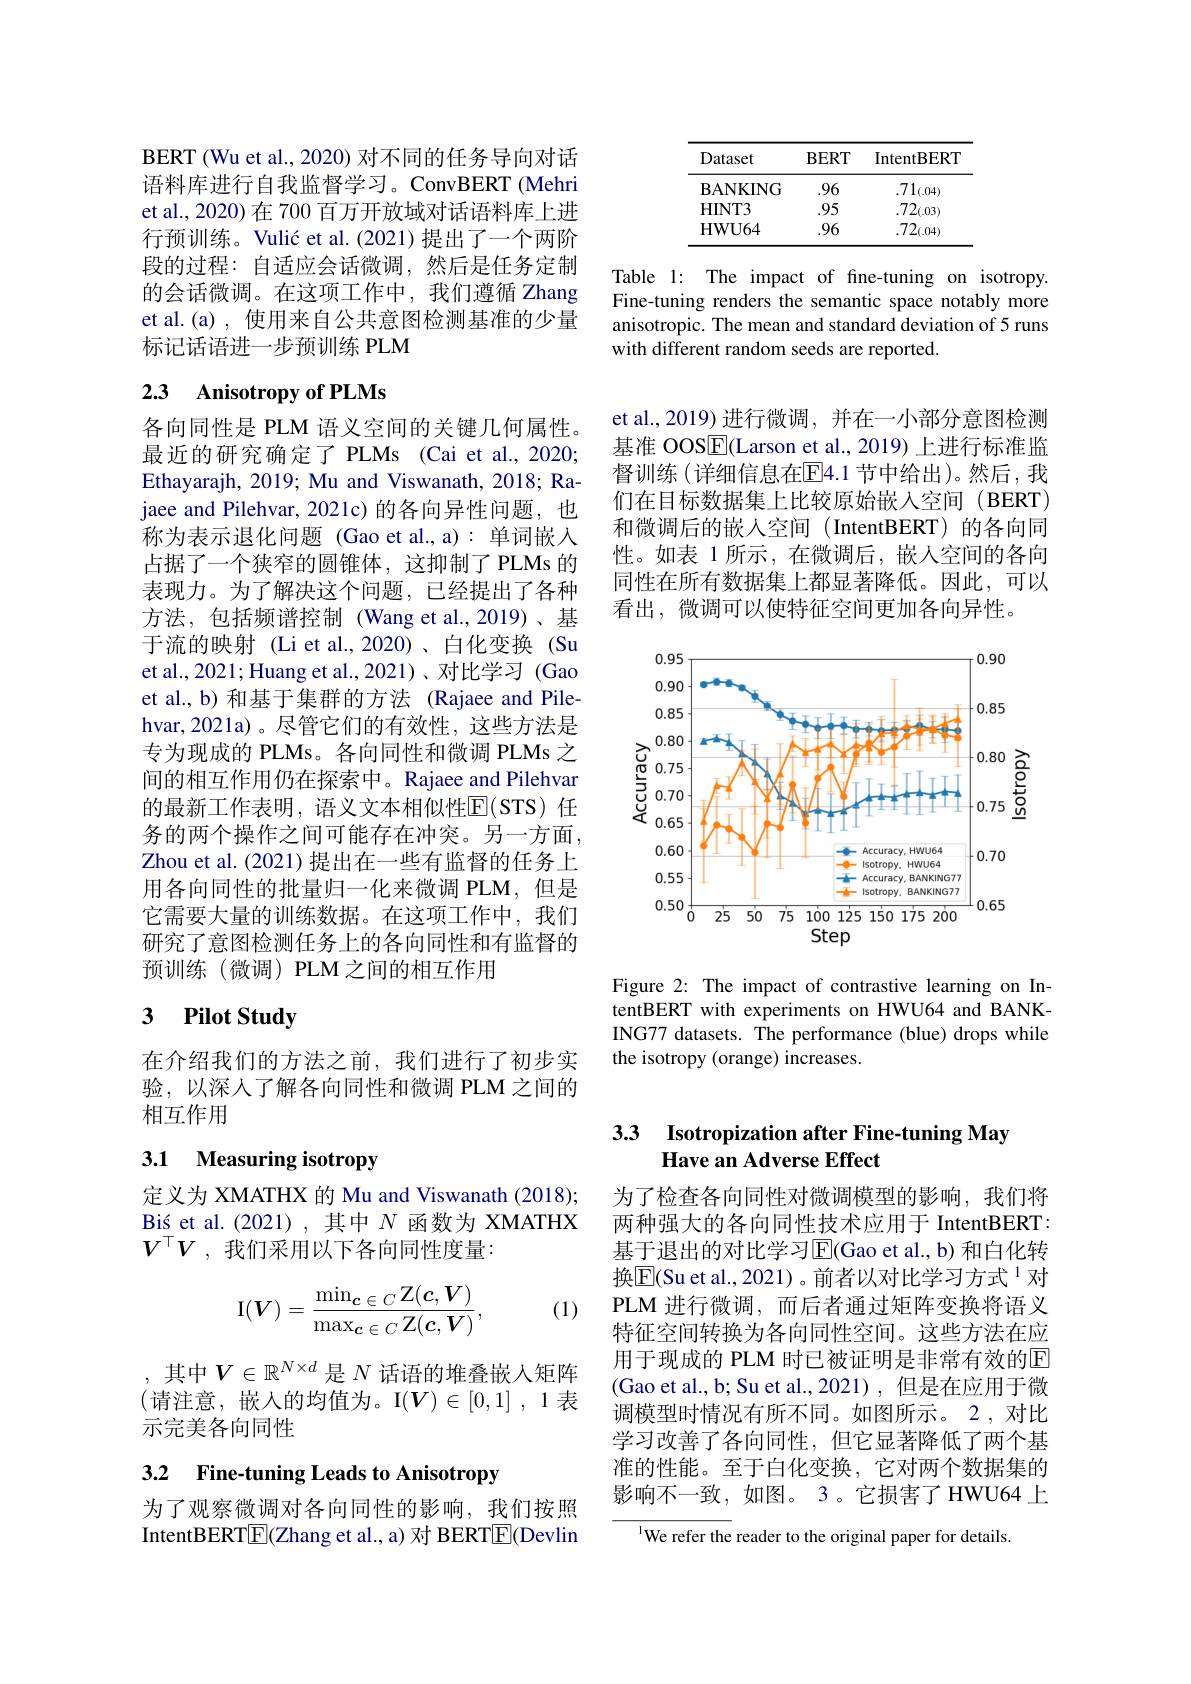
BERT (Wu et al., 2020) 对不同的任务导向对话语料库进行自我监督学习。ConvBERT (Mehri et al., 2020) 在 700 百万开放域对话语料库上进行预训练。Vulić et al.(2021)提出了一个两阶段的过程：自适应会话微调，然后是任务定制的会话微调。在这项工作中，我们遵循 Zhang et al.(a), 使用来自公共意图检测基准的少量标记话语进一步预训练 PLM

## 2.3 Anisotropy of PLMs

各向同性是 PLM 语义空间的关键几何属性。最近的研究确定了 PLMs (Cai et al.,2020; Ethayarajh, 2019; Mu and Viswanath, 2018; Rajaee and Pilehvar, 2021c) 的各向异性问题，也称为表示退化问题(Gao et al.,a):单词嵌入占据了一个狭窄的圆锥体，这抑制了PLMs 的表现力。为了解决这个问题，已经提出了各种方法，包括频谱控制(Wang et al.,2019)、基于流的映射 (Li et al.,2020)、白化变换 (Su et al., 2021; Huang et al., 2021)、对比学习 (Gao et al., b) 和基于集群的方法 (Rajaee and Pilehvar,2021a)。尽管它们的有效性，这些方法是专为现成的 PLMs。各向同性和微调 PLMs 之间的相互作用仍在探索中。Rajaee and Pilehvar 的最新工作表明，语义文本相似性E(STS)任务的两个操作之间可能存在冲突。另一方面， Zhou et al. (2021)提出在一些有监督的任务上用各向同性的批量归一化来微调 PLM,但是它需要大量的训练数据。在这项工作中，我们研究了意图检测任务上的各向同性和有监督的预训练(微调)PLM之间的相互作用

## 3 $\textbf{Pilot Study}$

在介绍我们的方法之前，我们进行了初步实验，以深人了解各向同性和微调 PLM 之间的相互作用

# 3.1 Measuring isotropy

定义为 XMATHX 的 Mu and Viswanath (2018); $\operatorname*{Bi\'{s}etal.(2021)}_{-}$其中 $N$ 函数为 XMATHX $V^\top V$ ,我们采用以下各向同性度量：

(1)
$$\mathrm{I}(V)=\frac{\min_{c\:\in\:C}Z(c,V)}{\max_{c\:\in\:C}Z(c,V)},$$
,其中$V\in\mathbb{R}^{N\times d}$是$N$话语的堆叠嵌入矩阵(请注意，嵌入的均值为。I$(V)\in[0,1],1$表示完美各向同性

# 3.2 Fine-tuning Leads to Anisotropy

为了观察微调对各向同性的影响，我们按照IntentBERT$\underline{\mathrm{E}}($Zhang et al., a) 对 BERT$\underline{\mathrm{E}}($Devlin

<table>
	<tbody>
		<tr>
			<th>Dataset</th>
			<th>$\mathbf{BERT}$</th>
			<th>IntentBERT</th>
		</tr>
		<tr>
			<td>$\mathbf{BANKING}$</td>
			<td>.96</td>
			<td>$.71_{(.04)}$</td>
		</tr>
		<tr>
			<td>HINT3</td>
			<td>.95</td>
			<td>$.72_{(.03)}$</td>
		</tr>
		<tr>
			<td>HWU64</td>
			<td>.96</td>
			<td>$.72_{(.04)}$</td>
		</tr>
	</tbody>
</table>

Table 1: The impact of fne-tuning on isotropy. Fine-tuning renders the semantic space notably more anisotropic. The mean and standard deviation of 5 runs with different random seeds are reported.

et al.,2019) 进行微调，并在一小部分意图检测基准 OOS$\overline{\mathbb{E}}($Larson et al.,2019) 上进行标准监督训练 (详细信息在E4.1 节中给出)。然后，我们在目标数据集上比较原始嵌入空间(BERT) 和微调后的嵌入空间(IntentBERT)的各向同性。如表 1 所示 ,在微调后 ,嵌人空间的各向同性在所有数据集上都显著降低。因此，可以看出，微调可以使特征空间更加各向异性。

<FigureHere>

Figure 2: The impact of contrastive learning on IntentBERT with experiments on HWU64 and BANKING77 datasets. The performance (blue) drops while the isotropy (orange) increases

### 3.3 Isotropization after Fine-tuning May Have an Adverse Effect

为了检查各向同性对微调模型的影响，我们将两种强大的各向同性技术应用于 IntentBERT: 基于退出的对比学习$\overline{\mathrm{E}}($Gao et al., b) 和白化转换$\mathbb{E}($Su et al., 2021)。前者以对比学习方式$^{1}$对PLM进行微调，而后者通过矩阵变换将语义特征空间转换为各向同性空间。这些方法在应用于现成的 PLM 时已被证明是非常有效的E (Gao et al., b; Su et al., 2021), 但是在应用于微调模型时情况有所不同。如图所示。2 ,对比学习改善了各向同性，但它显著降低了两个基准的性能。至于白化变换，它对两个数据集的影响不一致，如图。3。它损害了HWU64上

$^{\mathrm{l}}$We refer the reader to the original paper for details